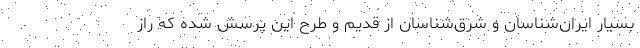
بسیار ایران‌شناسان و شرق‌شناسان از قدیم و طرح این پرسش شده که راز